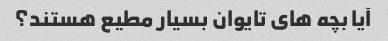
آیا بچه های تایوان بسیار مطیع هستند؟